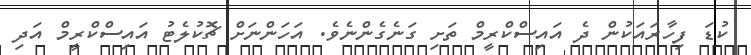
ކުޑަ ފިހާރައަކުން ދެ އައިސްކްރީމް ތަށި ގަނެގެންނެވެ. އަހަންނަށް ޗޮކުލެޓު އައިސްކްރީމް އަދި